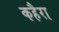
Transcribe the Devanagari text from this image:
कहैरा